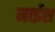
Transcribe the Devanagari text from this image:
नाईश